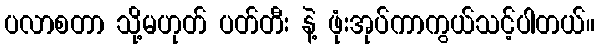
ပလာစတာ သို့မဟုတ် ပတ်တီး နဲ့ ဖုံးအုပ်ကာကွယ်သင့်ပါတယ်။